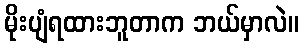
မိုးပျံရထားဘူတာက ဘယ်မှာလဲ။